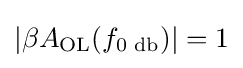
|\beta A_{\text{OL}}(f_{\text{0 db}})|=1